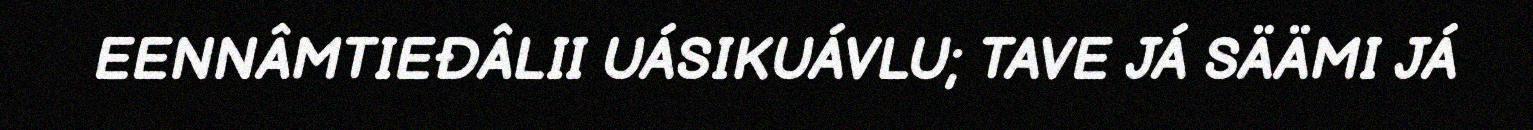
EENNÂMTIEĐÂLII UÁSIKUÁVLU; TAVE JÁ SÄÄMI JÁ